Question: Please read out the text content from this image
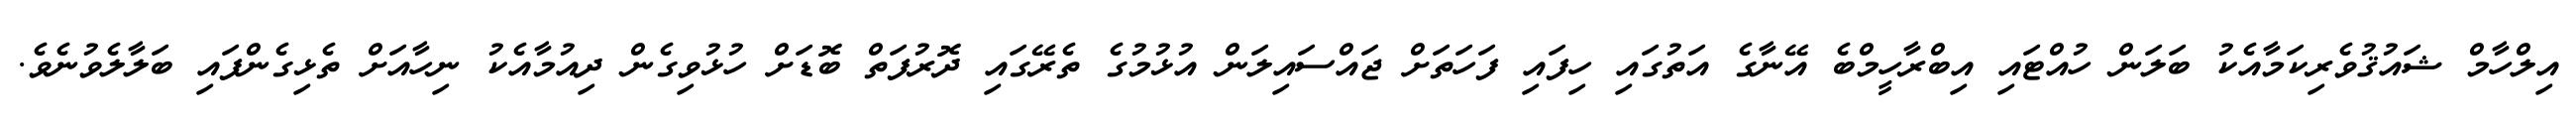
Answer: އިލްހާމް ޝައުޤުވެރިކަމާއެކު ބަލަން ހުއްޓައި އިބްރާހީމްބެ އޭނާގެ އަތުގައި ހިފައި ފަހަތަށް ޖައްސައިލަން އުޅުމުގެ ތެރޭގައި ދޮރުފަތް ބޮޑަށް ހުޅުވިގެން ދިއުމާއެކު ނިހާއަށް ތެޅިގެންފައި ބަލާލެވުނެވެ.